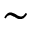
\sim